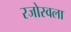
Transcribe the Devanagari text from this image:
रजोस्वला